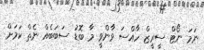
ނަމަ ނޯޓް ސީރީޒް ހާއްސަ ވާންވީ މާ ބޮޑު ސަބަބެއް ނެތް ކަމަށް